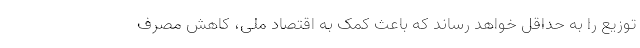
توزیع را به حداقل خواهد رساند که باعث کمک به اقتصاد ملی، کاهش مصرف